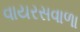
વાયરસવાળા